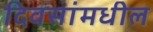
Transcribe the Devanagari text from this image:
दिवसांमधील